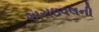
અરાઇવલની